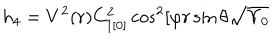
h _ { 4 } = V ^ { 2 } ( r ) C _ { 1 [ 0 ] } ^ { 2 } \cos ^ { 2 } [ \varphi r \sin \theta \sqrt { \Upsilon _ { 0 } }